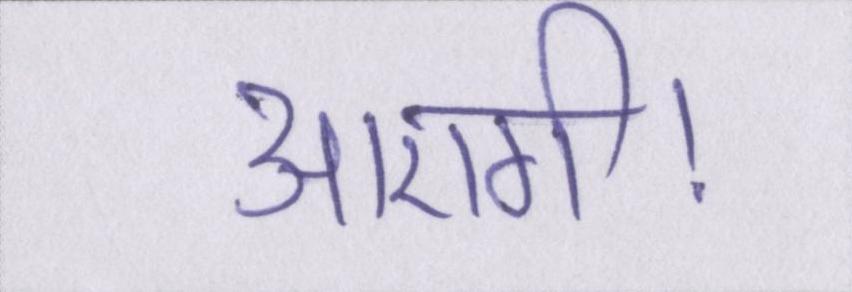
आएगी।